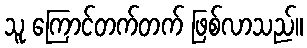
သူ ကြောင်တက်တက် ဖြစ်လာသည်။